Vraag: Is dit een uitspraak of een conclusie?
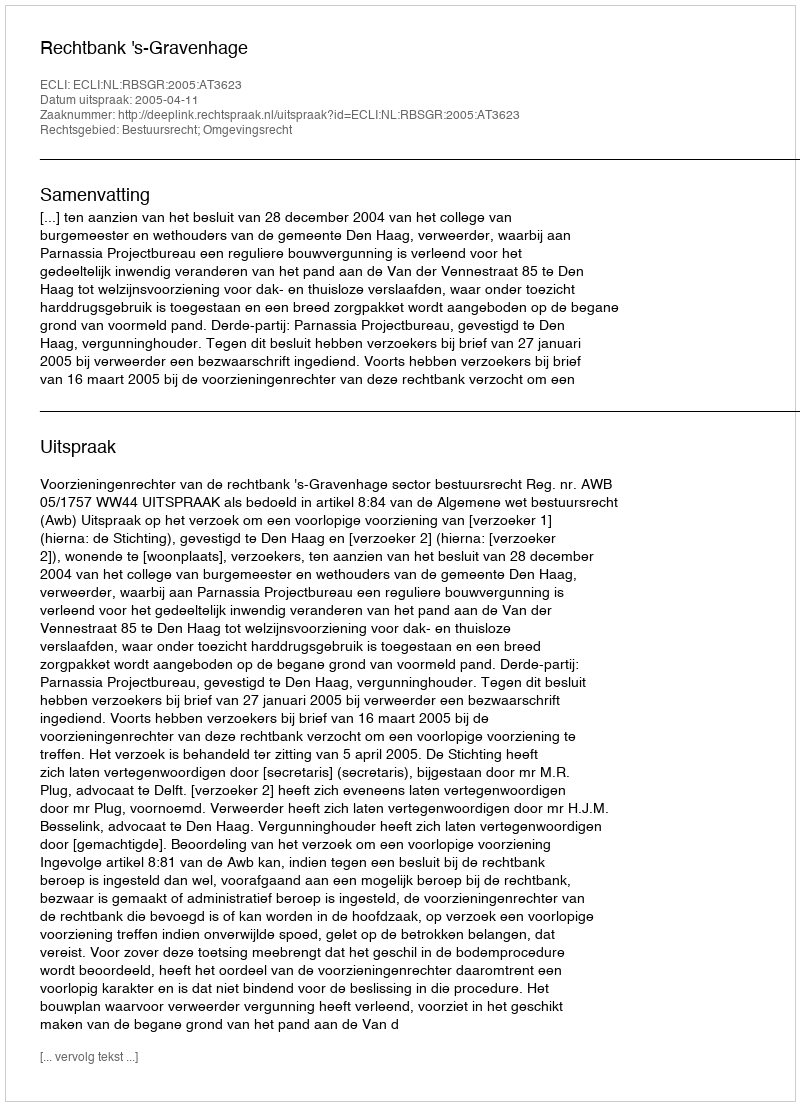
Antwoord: Uitspraak